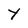
Character: Y